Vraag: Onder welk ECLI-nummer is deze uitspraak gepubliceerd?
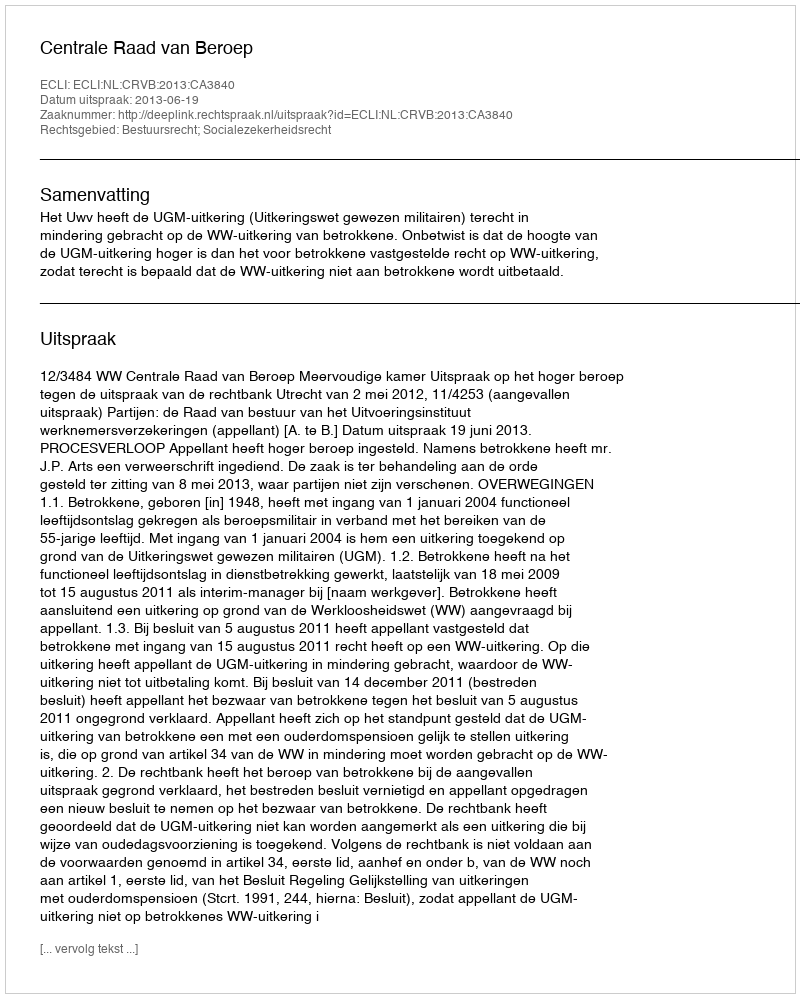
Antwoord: ECLI:NL:CRVB:2013:CA3840